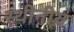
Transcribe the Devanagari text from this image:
स्थीनीय